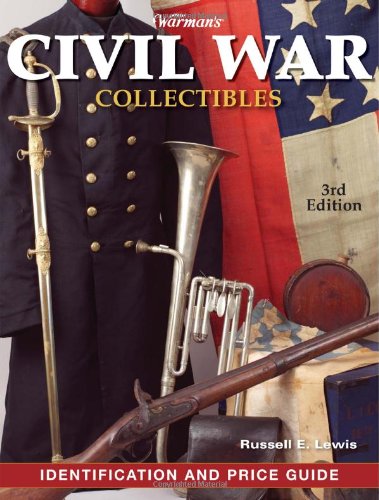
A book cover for Warman's Civil War Collectibles Identification and Price Guide, 3rd Edition; Russell E. Lewis; Crafts, Hobbies & Home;